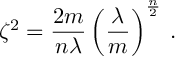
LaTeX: \zeta ^ { 2 } = \frac { 2 m } { n \lambda } \left( \frac { \lambda } { m } \right) ^ { \frac { n } { 2 } } \, .